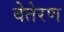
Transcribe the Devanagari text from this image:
वेतेरण